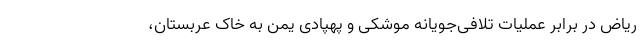
ریاض در برابر عملیات تلافی‌جویانه موشکی و پهپادی یمن به خاک عربستان،